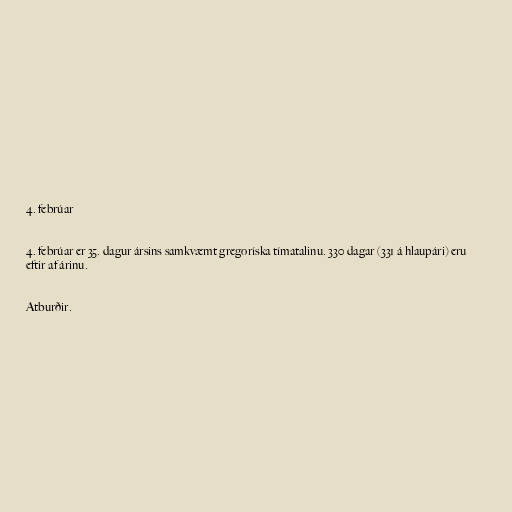
4. febrúar

4. febrúar er 35. dagur ársins samkvæmt gregoríska tímatalinu. 330 dagar (331 á hlaupári) eru
eftir af árinu.

Atburðir.